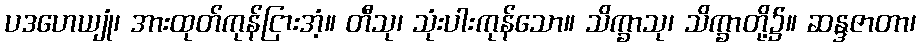
ပဒဟေယျုံ၊ အားထုတ်ကုန်ငြားအံ့။ တီသု၊ သုံးပါးကုန်သော။ သိက္ခာသု၊ သိက္ခာတို့၌။ ဆန္ဒဇာတာ၊